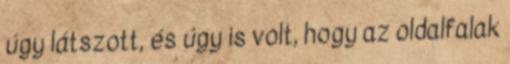
úgy látszott, és úgy is volt, hogy az oldalfalak